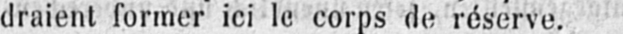
draient former ici 1e corps de réserve.